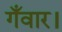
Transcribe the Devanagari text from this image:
गँवार।